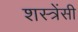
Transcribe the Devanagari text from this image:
शस्त्रेंसी